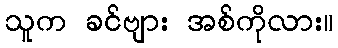
သူက ခင်ဗျား အစ်ကိုလား။